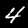
Digit: 4